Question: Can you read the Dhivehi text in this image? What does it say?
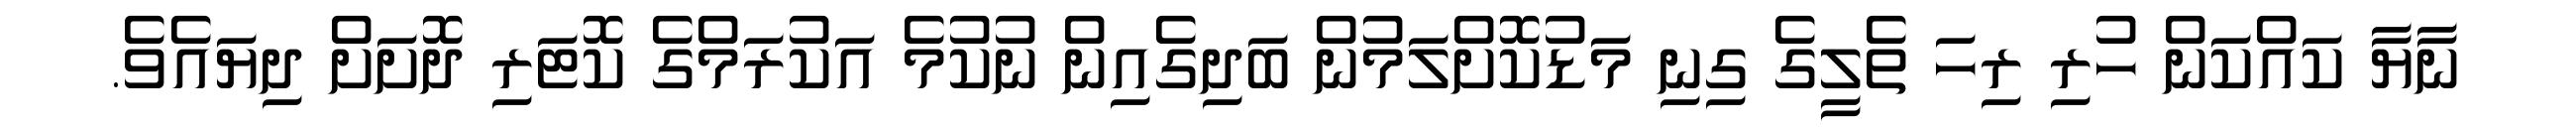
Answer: ނާޔާ ކައްކަން ހުރި ރިހަ ތެލީގެ ގިނި މަޑުކޮށްލަމުން ބަދިގެއިން ނުކުމެ އަކުރަމްގެ ކޮޓަރި ދޮށަށް ދިޔައެވެ.